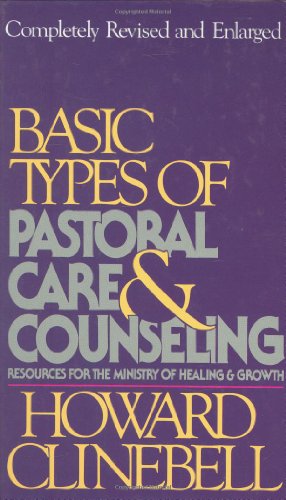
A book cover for Basic Types of Pastoral Care & Counseling Revised: Resources for the Ministry of Healing & Growth; Howard Clinebell; Christian Books & Bibles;